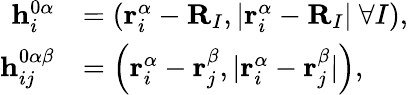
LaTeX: \begin{array}{rl}{\mathbf{h}_{i}^{0\alpha}}&{=\left(\mathbf{r}_{i}^{\alpha}-\mathbf{R}_{I},|\mathbf{r}_{i}^{\alpha}-\mathbf{R}_{I}|\ \forall I\right),}\\ {\mathbf{h}_{ij}^{0\alpha\beta}}&{=\left(\mathbf{r}_{i}^{\alpha}-\mathbf{r}_{j}^{\beta},|\mathbf{r}_{i}^{\alpha}-\mathbf{r}_{j}^{\beta}|\right),}\end{array}